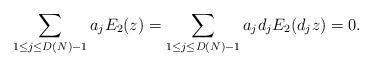
LaTeX: \begin{align*}\sum_{1 \leq j \leq D(N)-1}a_j E_2(z)=\sum_{1 \leq j \leq D(N)-1} a_j d_j E_2(d_jz)=0.\end{align*}